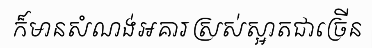
ក៏មានសំណង់អគារស្រស់ស្អាតជាច្រើន